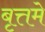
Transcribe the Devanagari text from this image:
बृत्तमे